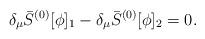
LaTeX: \begin{align*}\delta_\mu \bar{S}^{(0)}[\phi]_1-\delta_\mu \bar{S}^{(0)}[\phi]_2=0.\end{align*}